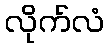
လိုက်လံ